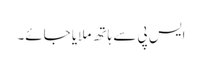
ایس پی سے ہاتھ ملایا جائے۔